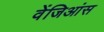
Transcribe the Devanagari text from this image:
वेंजिआंस